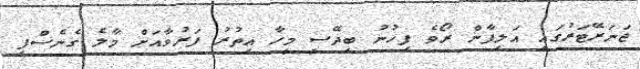
ޖަނަރޭޓަރުގައި އަލިފާން ރޯވެ ފިހުނު ބިދޭސީ މީހާ އިތުރު ފަރުވާއަށް މާލެ ގެނެސްފި